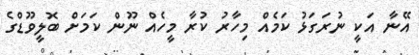
އޭނާ އަކީ ނުރަގަޅު ކަމެއް މިހާރު ކުރާ މީހެއް ނޫން ކަމަށް ބޮލީވޫޑްގެ